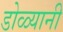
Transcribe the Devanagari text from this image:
डोळ्यानी